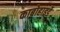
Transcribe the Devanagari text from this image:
काबोहाइर्डे